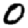
Digit: 0